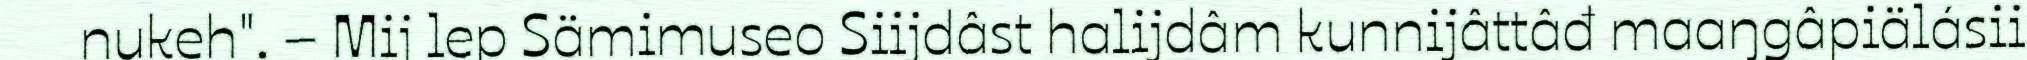
nukeh". – Mij lep Sämimuseo Siijdâst halijdâm kunnijâttâđ maaŋgâpiälásii